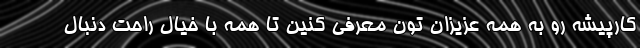
کارپیشه رو به همه عزیزان تون معرفی کنین تا همه با خیال راحت دنبال